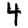
Digit: 4